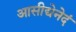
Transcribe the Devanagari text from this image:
आसीद्येनेदं